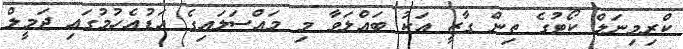
ކްރިމިނަލް ކޯޓުގެ ތިން ގާޒީ އަކު ބައްލަވާ މި މައްސަލައިގެ އަޑުއެހުމުގައި ޖަމީލް